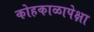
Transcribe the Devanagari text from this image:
कोहकाळापेक्षा